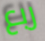
ربع